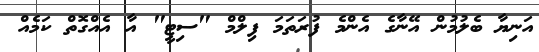
އަނިޔާ ބެލުމުން އޭނާގެ އެންމެ ފުރަތަމަ ފިލްމް "ސިޓީ" އާ އެއްގޮތް ކަމެއް